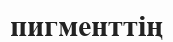
пигменттің